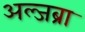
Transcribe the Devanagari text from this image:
अल्जब्रा